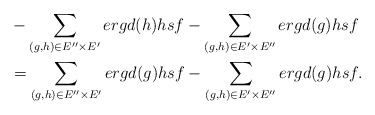
\begin{align*} &-\sum_{(g,h)\in E''\times E'}ergd(h)hsf-\sum_{(g,h)\in E'\times E''}ergd(g)hsf\\ &=\sum_{(g,h)\in E''\times E'}ergd(g)hsf-\sum_{(g,h)\in E'\times E''}ergd(g)hsf. \end{align*}